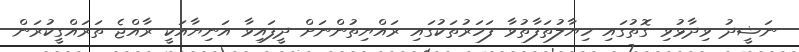
ނަޝީދު ވިދާޅުވި ގޮތުގައި ހިޔާލުތަފާތުވާ ފަހަރުތަކުގައި ރައްޔިތުންނަށް ދީފައިވާ އަނިޔާއަކީ ރާއްޖެ ތަރައްގީކުރަން